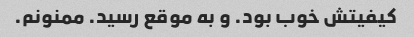
کیفیتش خوب بود. و به موقع رسید. ممنونم.